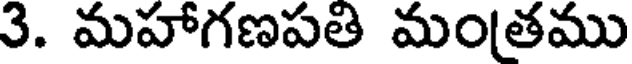
3. మహాగణపతి మంతము